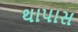
થાપાસ